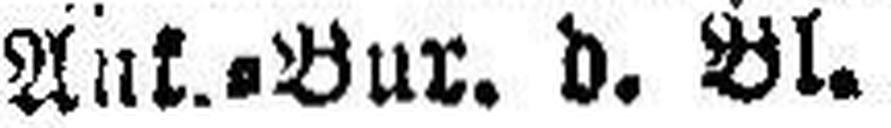
Ank.-Bur. d. Bl.